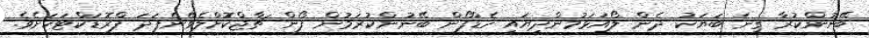
ބޭނުންކުރާ ގިނަ ބަޔަކު ދެން ލޯއަޅަމުންދިޔައީ ހެޑްފޯން ބޭނުންކުރަމުން ފޯން ޗާޖްކޮށްލެވޭނެފަދަ ޕްރޮޑަކްޓަކަށެވެ.